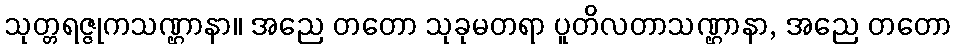
သုတ္တရဇ္ဇုကသဏ္ဌာနာ။ အညေ တတော သုခုမတရာ ပူတိလတာသဏ္ဌာနာ, အညေ တတော